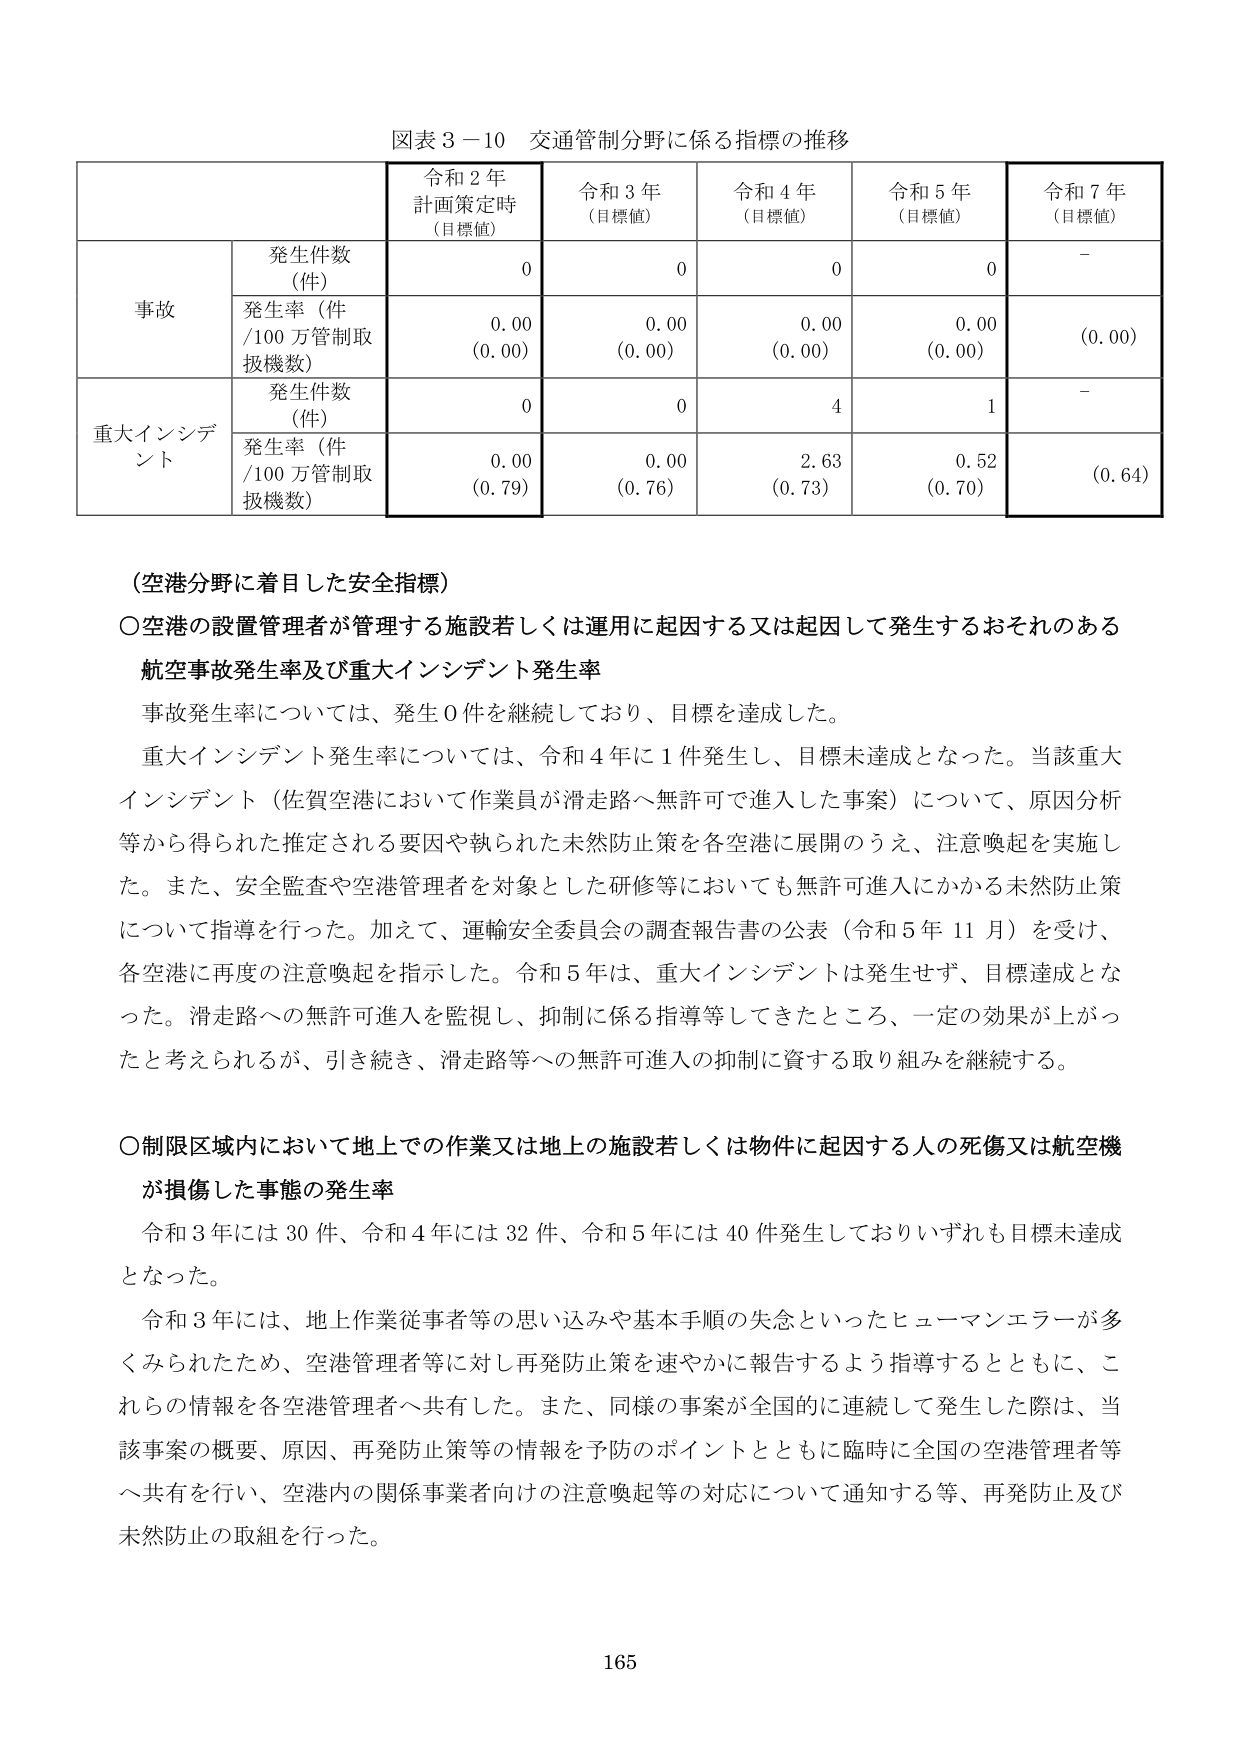
図表３－10 交通管制分野に係る指標の推移

令和２年
計画策定時
（目標値）
令和３年
（目標値）
令和４年
（目標値）
令和５年
（目標値）
令和７年
（目標値）

事故
発生件数（件）
0
0
0
0
－
発生率（件／100万管制取扱機数）
0.00
（0.00）
0.00
（0.00）
0.00
（0.00）
0.00
（0.00）
（0.00）

重大インシデント
発生件数（件）
0
0
4
1
－
発生率（件／100万管制取扱機数）
0.00
（0.79）
0.00
（0.76）
2.63
（0.73）
0.52
（0.70）
（0.64）

（空港分野に着目した安全指標）

〇空港の設置管理者が管理する施設若しくは運用に起因する又は起因して発生するおそれのある
航空事故発生率及び重大インシデント発生率

事故発生率については、発生0件を継続しており、目標を達成した。

重大インシデント発生率については、令和4年に1件発生し、目標未達成となった。当該重大インシデント（佐賀空港において作業員が滑走路へ無許可で進入した事案）について、原因分析等から得られた推定される要因や執られた未然防止策を各空港に展開のうえ、注意喚起を実施した。また、安全監査や空港管理者を対象とした研修等においても無許可進入にかかる未然防止策について指導を行った。加えて、運輸安全委員会の調査報告書の公表（令和5年11月）を受け、各空港に再度の注意喚起を指示した。令和5年は、重大インシデントは発生せず、目標達成となった。滑走路への無許可進入を監視し、抑制に係る指導等してきたところ、一定の効果が上がったと考えられるが、引き続き、滑走路等への無許可進入の抑制に資する取り組みを継続する。

〇制限区域内において地上での作業又は地上の施設若しくは物件に起因する人の死傷又は航空機が損傷した事態の発生率

令和3年には30件、令和4年には32件、令和5年には40件発生しておりいずれも目標未達成となった。

令和3年には、地上作業従事者等の思い込みや基本手順の失念といったヒューマンエラーが多くみられたため、空港管理者等に対し再発防止策を速やかに報告するよう指導するとともに、これらの情報を各空港管理者へ共有した。また、同様の事案が全国的に連続して発生した際は、当該事案の概要、原因、再発防止策等の情報を予防のポイントとともに臨時に全国の空港管理者等へ共有を行い、空港内の関係事業者向けの注意喚起等の対応について通知する等、再発防止及び未然防止の取組を行った。

165